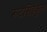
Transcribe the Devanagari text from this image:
रूटेसिईकुल